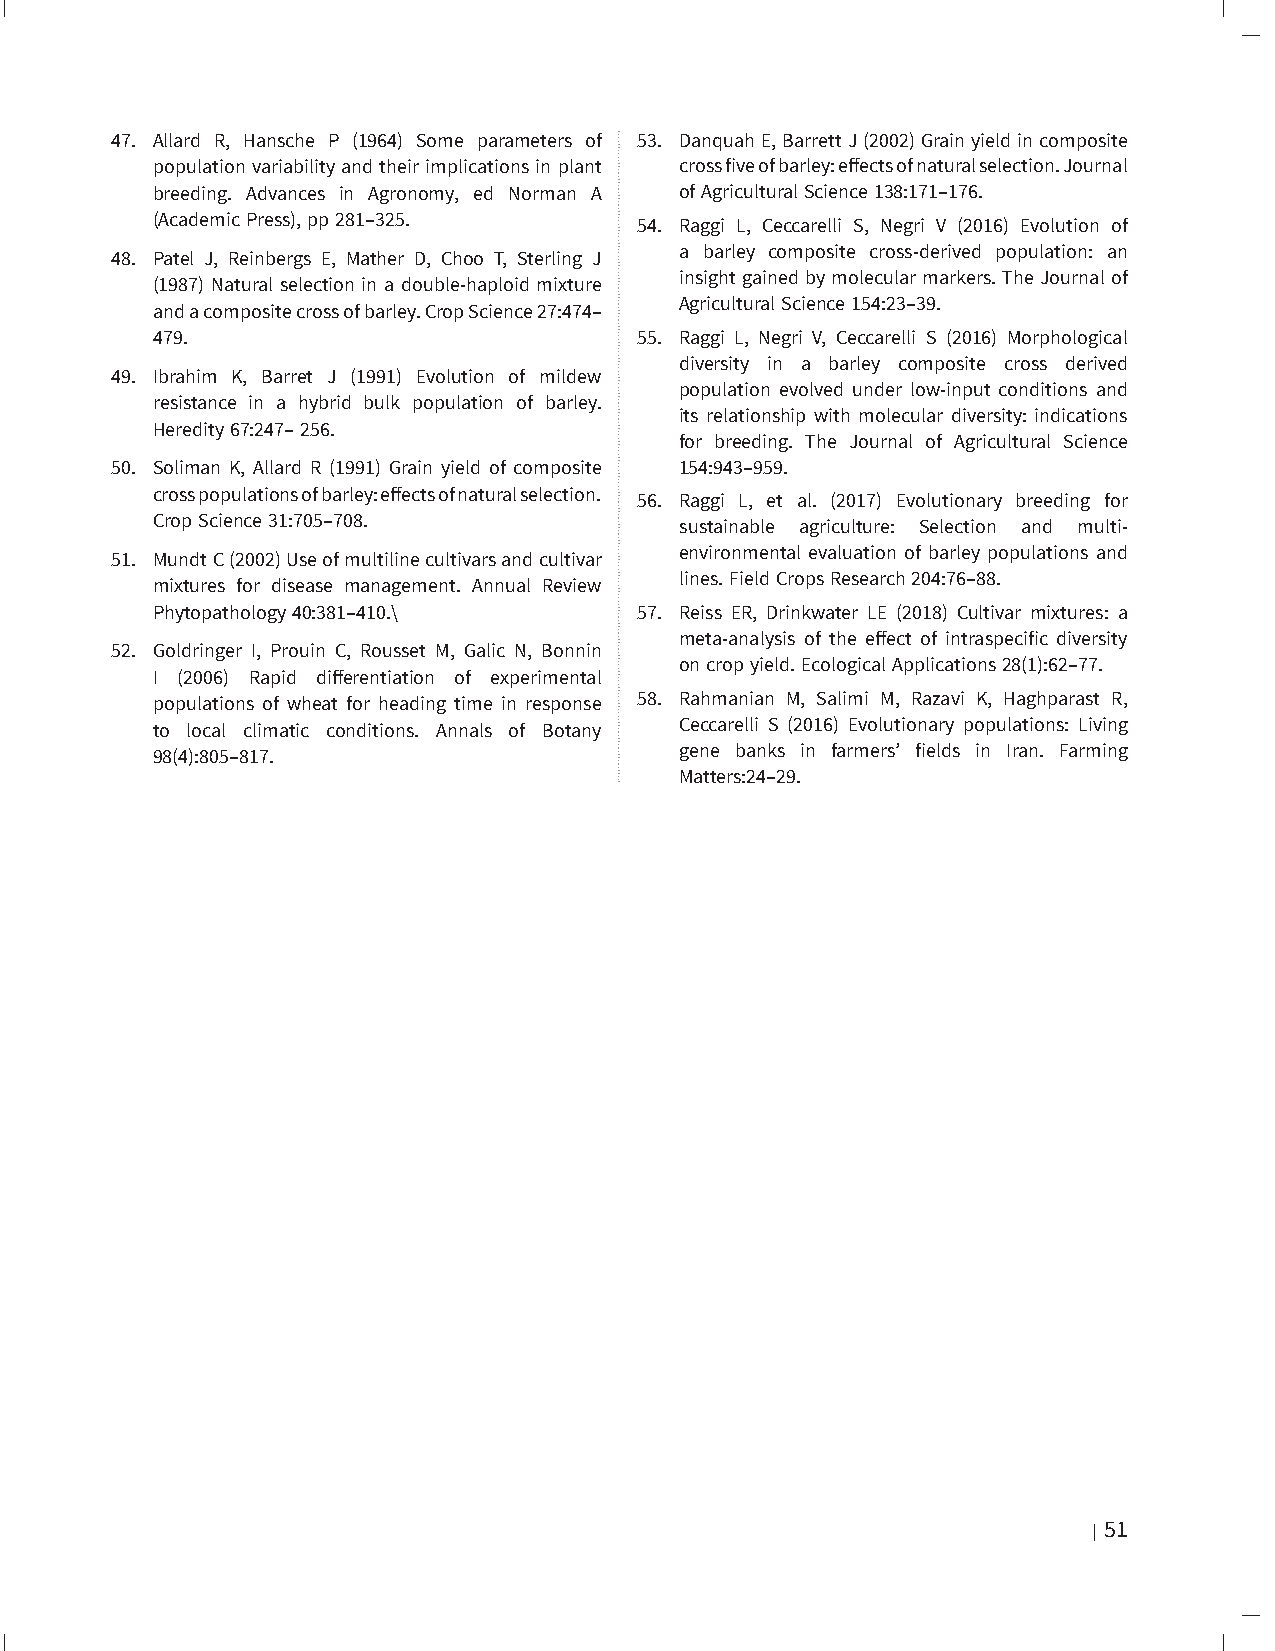
47. Allard R, Hansche P (1964) Some parameters of 53. Danquah E, Barrett J (2002) Grain yield in composite
 population variability and their implications in plant cross five of barley: effects of natural selection. Journal
 breeding. Advances in Agronomy, ed Norman A of Agricultural Science 138:171–176.
 (Academic Press), pp 281–325.   54. Raggi L, Ceccarelli S, Negri V (2016) Evolution of
 a barley composite cross-derived population: an
 48. Patel J, Reinbergs E, Mather D, Choo T, Sterling J
 insight gained by molecular markers. The Journal of
 (1987) Natural selection in a double-haploid mixture
 Agricultural Science 154:23–39.
 and a composite cross of barley. Crop Science 27:474–
 479.                            55. Raggi L, Negri V, Ceccarelli S (2016) Morphological
 diversity in a barley composite cross derived
 49. Ibrahim K, Barret J (1991) Evolution of mildew
 population evolved under low-input conditions and
 resistance in a hybrid bulk population of barley.
 its relationship with molecular diversity: indications
 Heredity 67:247– 256.
 for breeding. The Journal of Agricultural Science
 50. Soliman K, Allard R (1991) Grain yield of composite 154:943–959.
 cross populations of barley: effects of natural selection.
 56. Raggi L, et al. (2017) Evolutionary breeding for
 Crop Science 31:705–708.           sustainable agriculture: Selection and multi-
 environmental evaluation of barley populations and
 51. Mundt C (2002) Use of multiline cultivars and cultivar
 lines. Field Crops Research 204:76–88.
 mixtures for disease management. Annual Review
 Phytopathology 40:381–410.\     57. Reiss ER, Drinkwater LE (2018) Cultivar mixtures: a
 meta-analysis of the effect of intraspecific diversity
 52. Goldringer I, Prouin C, Rousset M, Galic N, Bonnin
 on crop yield. Ecological Applications 28(1):62–77.
 I (2006) Rapid differentiation of experimental
 populations of wheat for heading time in response 58. Rahmanian M, Salimi M, Razavi K, Haghparast R,
 to local climatic conditions. Annals of Botany Ceccarelli S (2016) Evolutionary populations: Living
 gene banks in farmers’ fields in Iran. Farming
 98(4):805–817.
 Matters:24–29.
 Part 2: False Narratives, Failed Technologies | 51